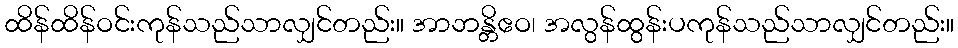
ထိန်ထိန်ဝင်းကုန်သည်သာလျှင်တည်း။ အာဘန္တိဧဝ၊ အလွန်ထွန်းပကုန်သည်သာလျှင်တည်း။